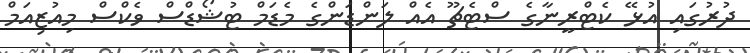
ދުރުގައި އުޅޭ ކެޓްރީނާގެ ސްޓެޗޫ އެއް ލަންޑަންގެ މެޑަމް ޓުޝޯޑްސް ވެކްސް މިއުޒިއަމް